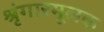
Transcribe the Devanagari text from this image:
श्रृंगारमूलक